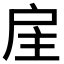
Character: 𢨸